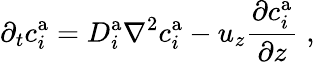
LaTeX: \partial_{t}c_{i}^{\mathrm{a}}=D_{i}^{\mathrm{a}}\nabla^{2}c_{i}^{\mathrm{a}}-u_{z}\frac{\partial c_{i}^{\mathrm{a}}}{\partial z}\; ,